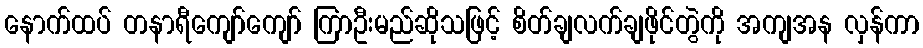
နောက်ထပ် တနာရီကျော်ကျော် ကြာဦးမည်ဆိုသဖြင့် စိတ်ချလက်ချဖိုင်တွဲကို အကျအန လှန်ကာ